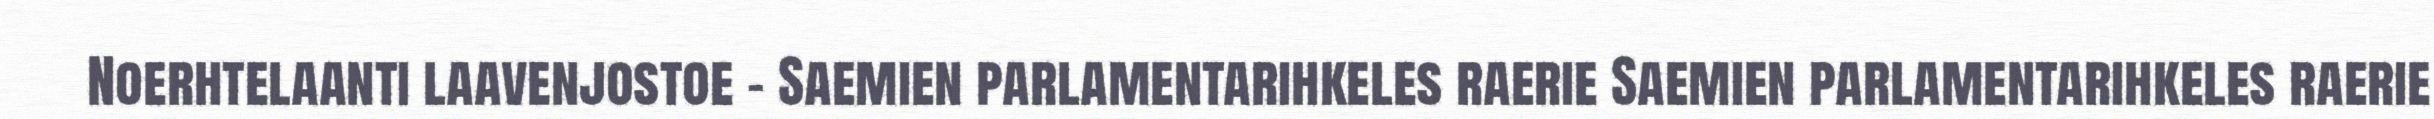
Noerhtelaanti laavenjostoe – Saemien parlamentarihkeles raerie Saemien parlamentarihkeles raerie